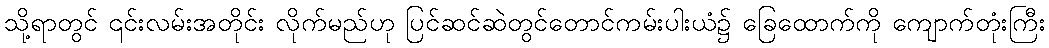
သို့ရာတွင် ၎င်းလမ်းအတိုင်း လိုက်မည်ဟု ပြင်ဆင်ဆဲတွင်တောင်ကမ်းပါးယံ၌ ခြေထောက်ကို ကျောက်တုံးကြီး